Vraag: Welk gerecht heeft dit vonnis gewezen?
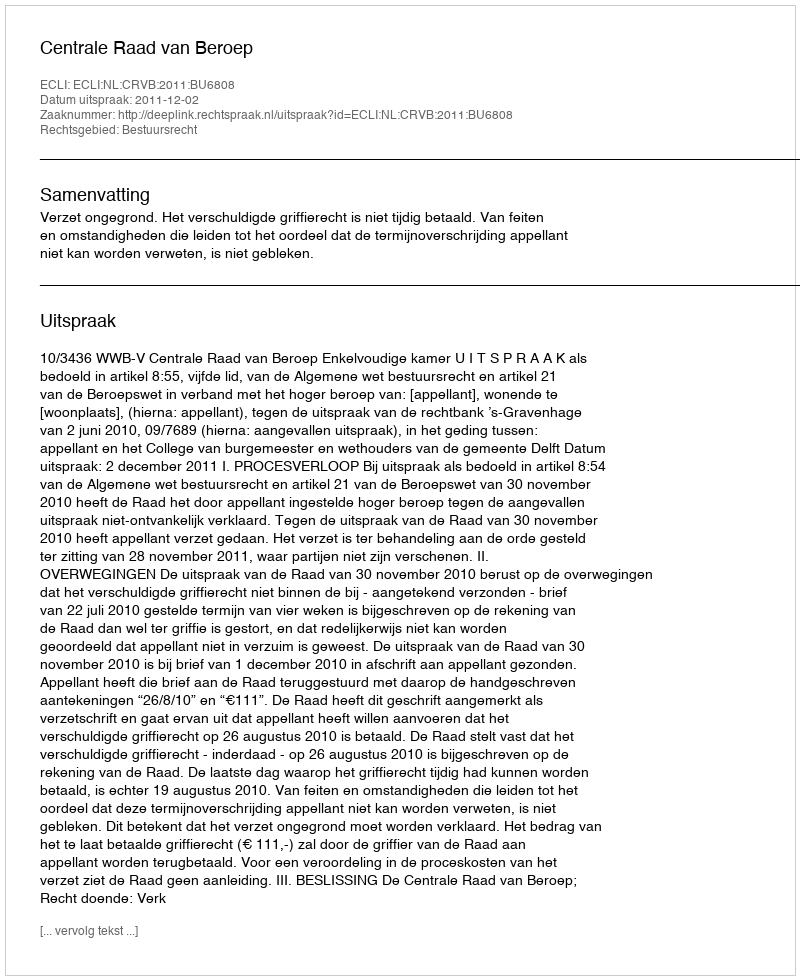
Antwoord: Centrale Raad van Beroep